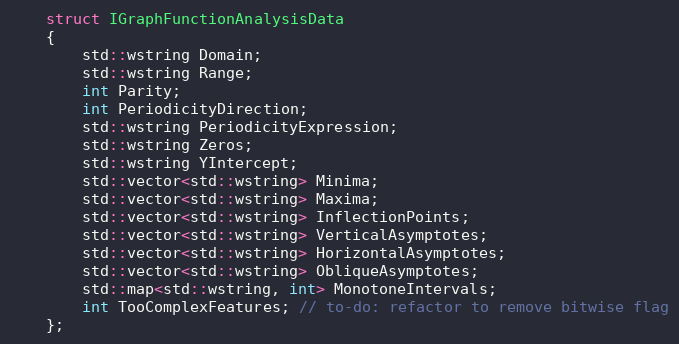
Language: C
	struct IGraphFunctionAnalysisData
	{
		std::wstring Domain;
		std::wstring Range;
		int Parity;
		int PeriodicityDirection;
		std::wstring PeriodicityExpression;
		std::wstring Zeros;
		std::wstring YIntercept;
		std::vector<std::wstring> Minima;
		std::vector<std::wstring> Maxima;
		std::vector<std::wstring> InflectionPoints;
		std::vector<std::wstring> VerticalAsymptotes;
		std::vector<std::wstring> HorizontalAsymptotes;
		std::vector<std::wstring> ObliqueAsymptotes;
		std::map<std::wstring, int> MonotoneIntervals;
		int TooComplexFeatures; // to-do: refactor to remove bitwise flag
	};